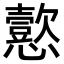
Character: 𫻚